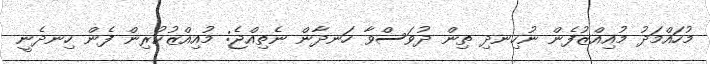
މުހައްމަދު މުއިއްޒުފެން ނުހިނދި ތިން ދުވަސްވާ ހަނދާން ނެތިއްޖެ: މުއިއްޒުކުރިން ފެން ހިނދެނީ